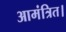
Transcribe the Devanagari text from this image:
आमंत्रित।